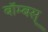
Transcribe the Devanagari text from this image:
बॉम्बस्